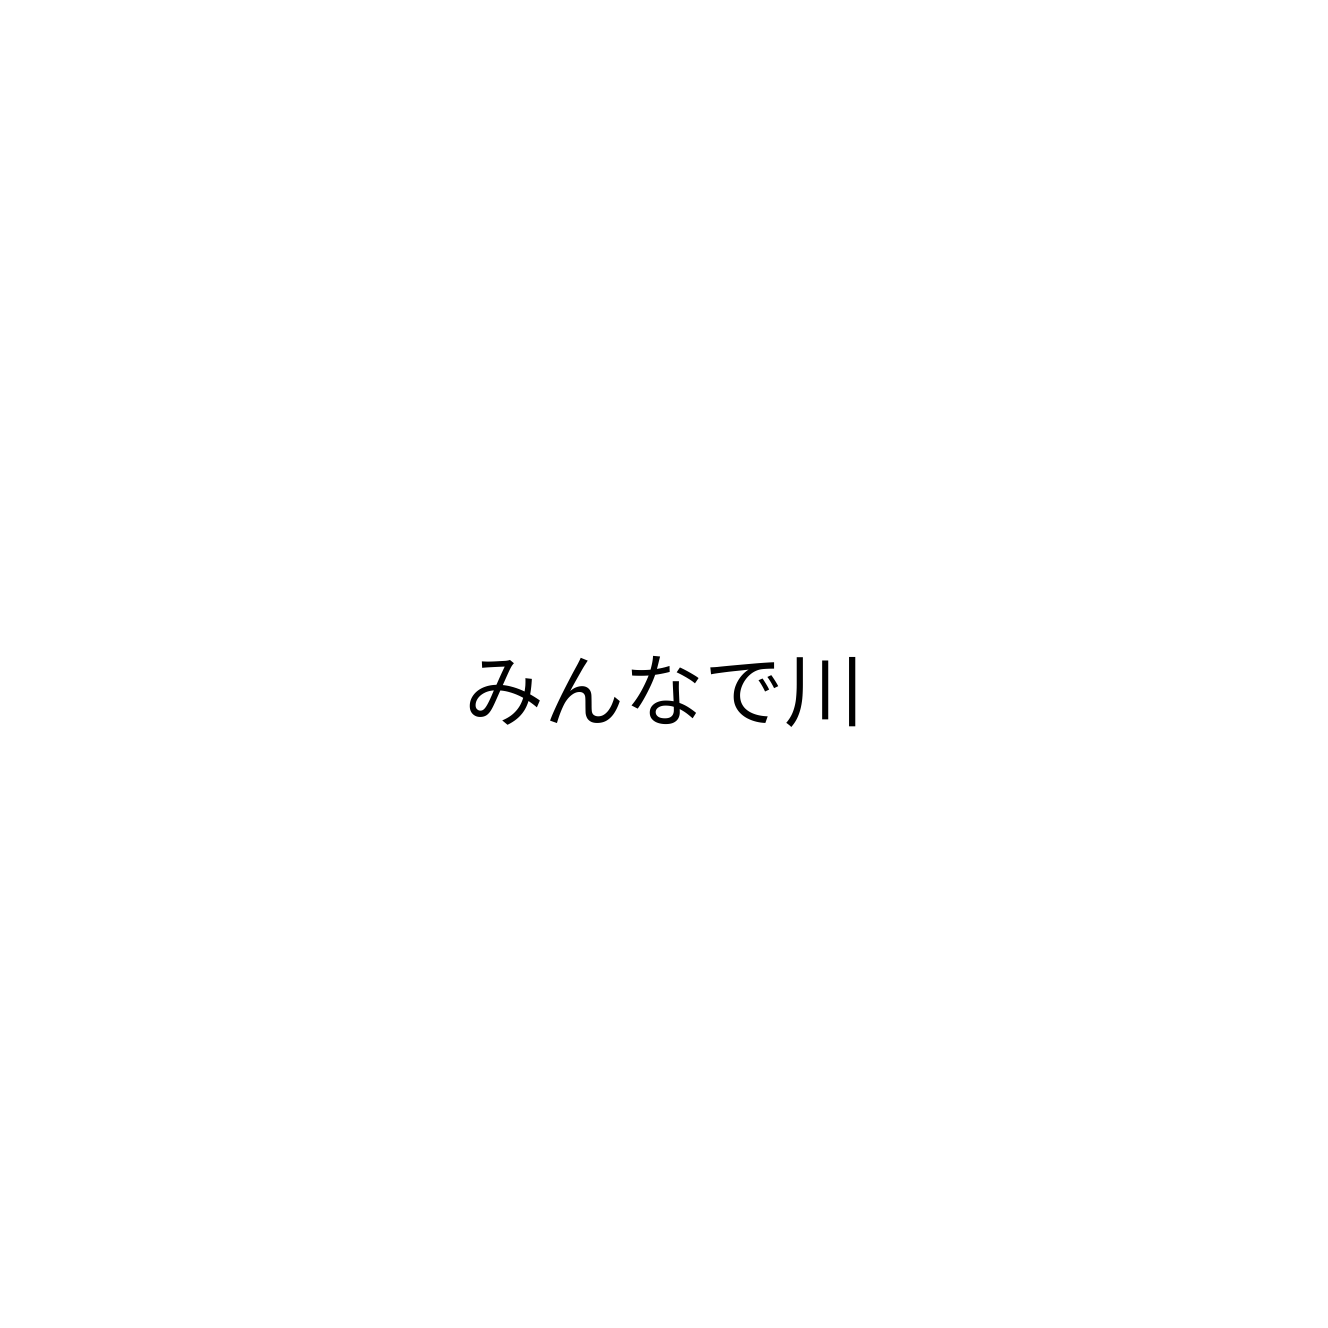
みんなで川